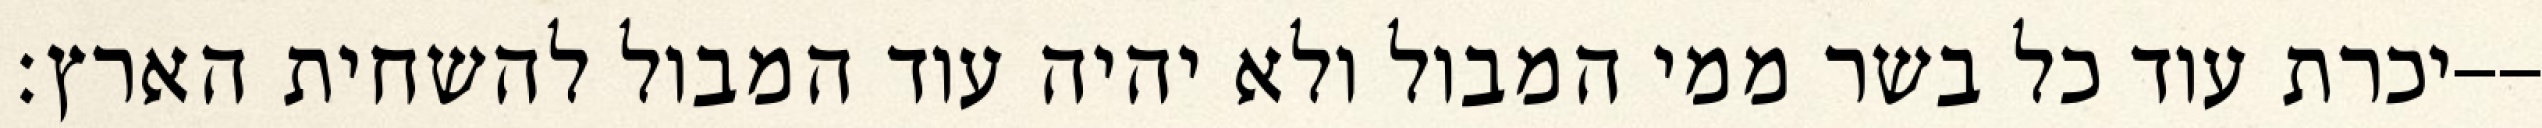
יכרת עוד כל בשר ממי המבול ולא יהיה עוד המבול להשחית הארץ׃--